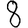
Digit: 8